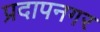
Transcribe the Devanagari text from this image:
प्रदापनगर